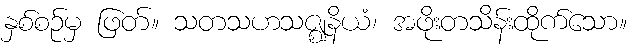
နှစ်စဉ်မှ ဖြတ်။ သတသဟသဇ္ဈနိယံ၊ အဖိုးတသိန်းထိုက်သော။